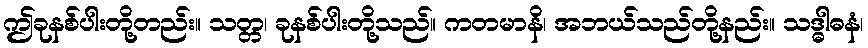
ဤခုနစ်ပါးတို့တည်း။ သတ္တ၊ ခုနစ်ပါးတို့သည်။ ကတမာနိ၊ အဘယ်သည်တို့နည်း။ သဒ္ဓါဓနံ၊